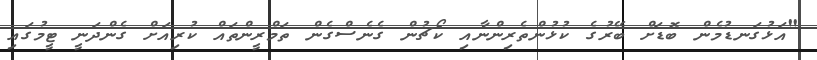
"އަޅުގަނޑުމެން ބޮޑަށް ބޭރުގެ ކުޅުންތެރިންނާއި ކޯޗުން ގެނެސްގެން ތަމްރީންތައް ކުރިއަށް ގެންދަނީ ޓީމުގައި